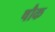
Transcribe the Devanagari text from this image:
षौक